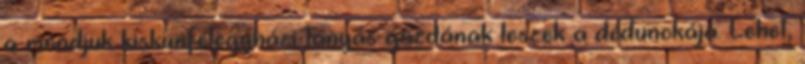
a mondjuk kiskunfélegyházi tanyás gazdának leszek a dédunokája. Lehet,